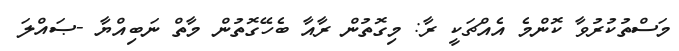
މަސްތުކުރުވާ ކޮންމެ އެއްޗަކީ ރާ: މިގޮތުން ރާއާ ބެހޭގޮތުން މާތް ނަބިއްޔާ -ޞައްލަ